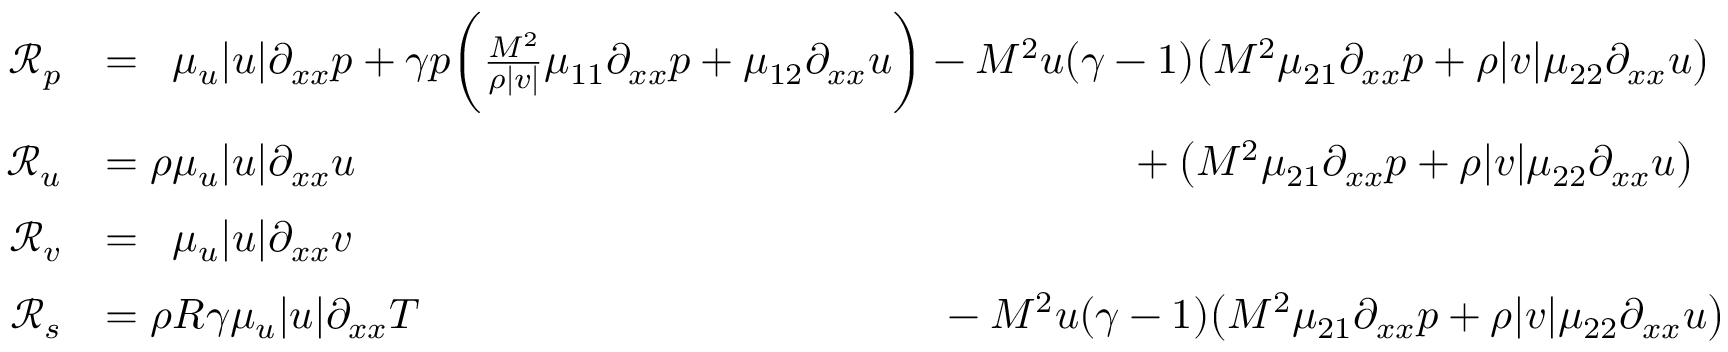
\begin{array} { r l } { \mathcal { R } _ { p } } & { = \phantom { \rho } \mu _ { u } | u | \partial _ { x x } p + \gamma p \bigg ( \frac { M ^ { \- 2 } } { \rho | v | } \mu _ { 1 1 } \partial _ { x x } p + \mu _ { 1 2 } \partial _ { x x } u \bigg ) - M ^ { 2 } u ( \gamma - 1 ) \big ( M ^ { \- 2 } \mu _ { 2 1 } \partial _ { x x } p + \rho | v | \mu _ { 2 2 } \partial _ { x x } u \big ) } \\ { \mathcal { R } _ { u } } & { = \rho \mu _ { u } | u | \partial _ { x x } u \phantom { + \gamma p \bigg ( \frac { M ^ { \- 2 } } { \rho | v | } \mu _ { 1 1 } \partial _ { x x } p + \mu _ { 1 2 } \partial _ { x x } u \bigg ) } \phantom { M ^ { 2 } ( \gamma - 1 ) u } + \big ( M ^ { \- 2 } \mu _ { 2 1 } \partial _ { x x } p + \rho | v | \mu _ { 2 2 } \partial _ { x x } u \big ) } \\ { \mathcal { R } _ { v } } & { = \phantom { \rho } \mu _ { u } | u | \partial _ { x x } v } \\ { \mathcal { R } _ { s } } & { = \rho R \gamma \mu _ { u } | u | \partial _ { x x } T \phantom { \gamma p \bigg ( \frac { M ^ { \- 2 } } { \rho | v | } \mu _ { 1 1 } \partial _ { x x } p + \mu _ { 1 2 } \partial _ { x x } u \bigg ) } - M ^ { 2 } u ( \gamma - 1 ) \big ( M ^ { \- 2 } \mu _ { 2 1 } \partial _ { x x } p + \rho | v | \mu _ { 2 2 } \partial _ { x x } u \big ) } \end{array}